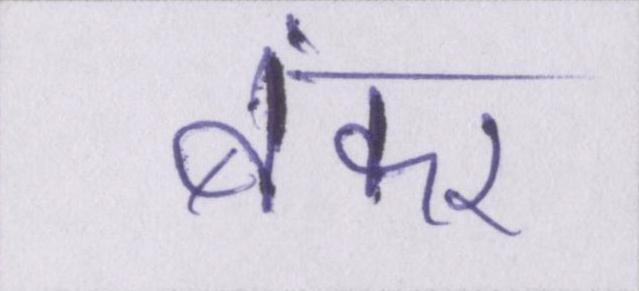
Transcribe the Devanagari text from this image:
बंकर